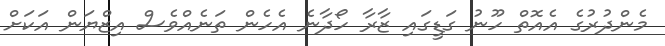
މެންދުރުގެ އެއޮތް ހޫނު ގަޑީގައި ޒާރާ ހޯދާނެ އެހެން ތަނެއްވެސް އިޒްޔަން އަކަށް